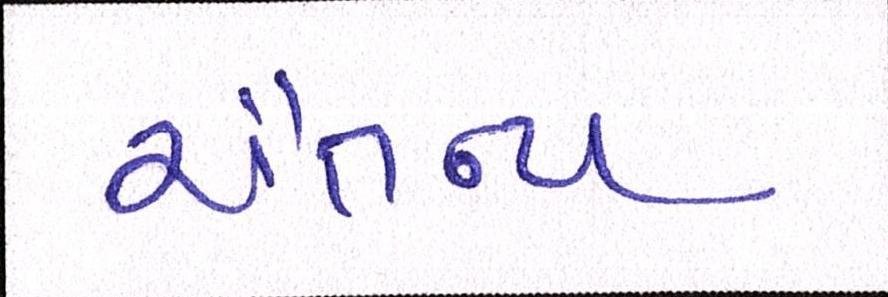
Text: ચૈતન્ય